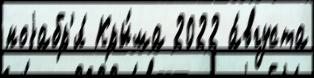
ноjабр'я́ Кры́ма 2022 а́вгуста